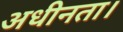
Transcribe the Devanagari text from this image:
अधीनता।